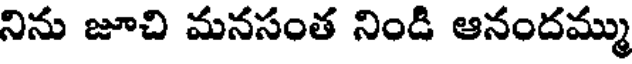
నిను జూచి మనసంత నిండి ఆనందమ్ము